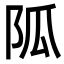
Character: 𨸯